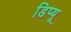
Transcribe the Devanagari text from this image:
डिप्यू